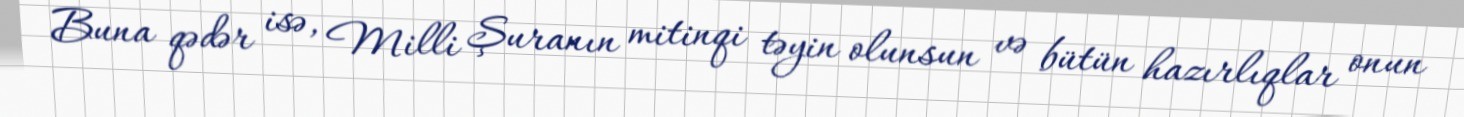
Buna qədər isə, Milli Şuranın mitinqi təyin olunsun və bütün hazırlıqlar onun